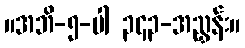
။အဘိ-၅-ပါ ၃၄၃-အညွှန်း။